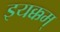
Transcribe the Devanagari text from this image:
इयक्कम्